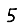
Digit: 5